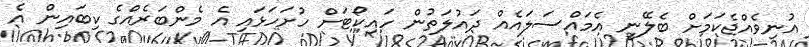
އުނިވެއްޖެކަމަށް ބެލޭނީ އެމައްސަލައެއް ދައުލަތުން ހައިކޯޓަށް ހުށަހަޅައި އެ މެންބަރެއްގެ ކިބައިން އެ